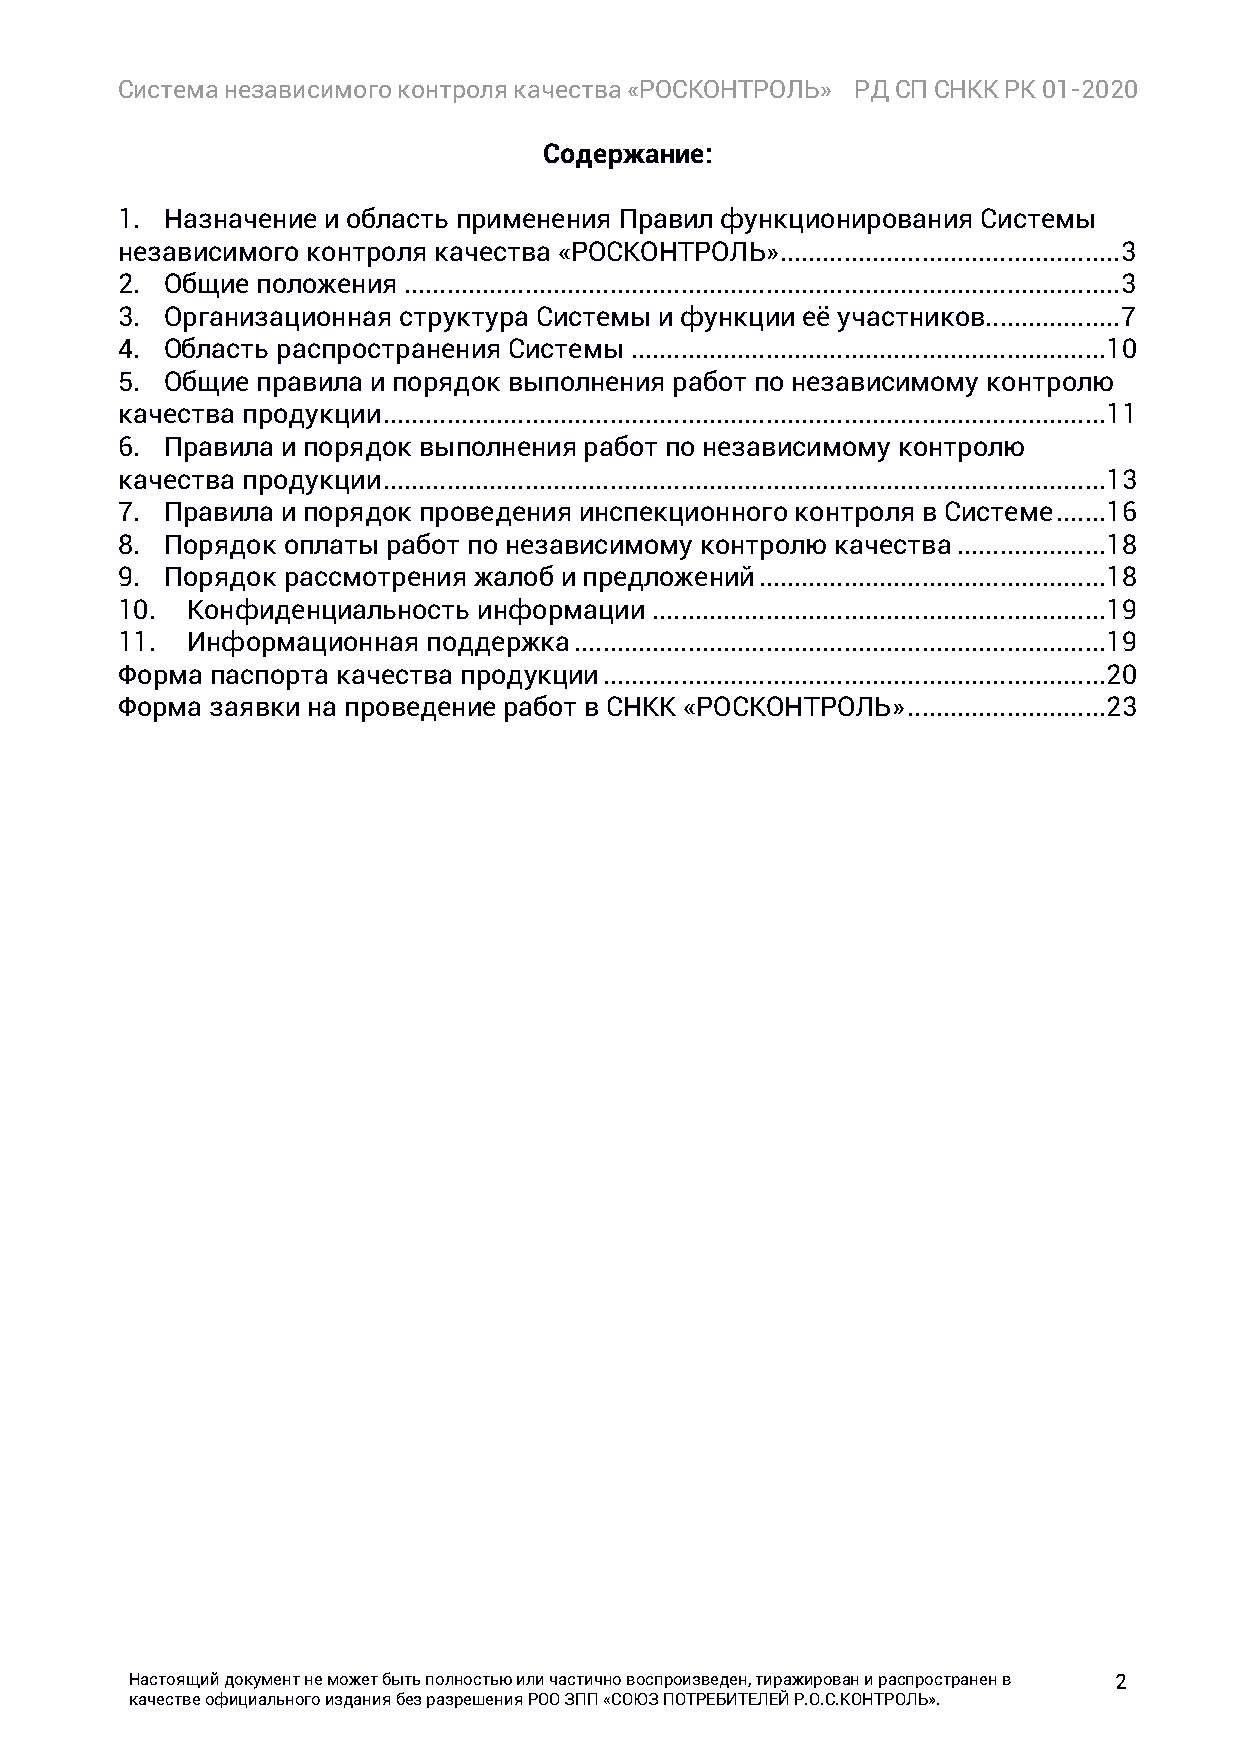
Система независимого контроля качества «РОСКОНТРОЛЬ» РД СП СНКК РК 01-2020
 Содержание:
 1. Назначение и область применения Правил функционирования Системы
 независимого контроля качества «РОСКОНТРОЛЬ» ................................................ 3
 2. Общие положения ..................................................................................................... 3
 3. Организационная структура Системы и функции её участников................... 7
 4. Область распространения Системы ................................................................... 10
 5. Общие правила и порядок выполнения работ по независимому контролю
 качества продукции ...................................................................................................... 11
 6. Правила и порядок выполнения работ по независимому контролю
 качества продукции ...................................................................................................... 13
 7. Правила и порядок проведения инспекционного контроля в Системе ....... 16
 8. Порядок оплаты работ по независимому контролю качества ..................... 18
 9. Порядок рассмотрения жалоб и предложений ................................................. 18
 10. Конфиденциальность  информации ................................................................ 19
 11. Информационная  поддержка ........................................................................... 19
 Форма паспорта качества продукции ....................................................................... 20
 Форма заявки на проведение работ в СНКК «РОСКОНТРОЛЬ» ............................ 23
 Настоящий документ не может быть полностью или частично воспроизведен, тиражирован и распространен в 2
 качестве официального издания без разрешения РОО ЗПП «СОЮЗ ПОТРЕБИТЕЛЕЙ Р.О.С.КОНТРОЛЬ».